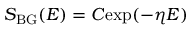
S _ { \mathrm { B G } } ( E ) = C \mathrm { e x p } ( - \eta E )